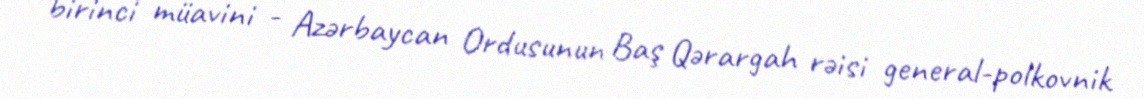
birinci müavini - Azərbaycan Ordusunun Baş Qərargah rəisi general-polkovnik